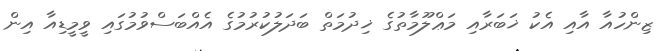
ޒިންހުއާ އާއި އެކު ޚަބަރާއި މަޢްލޫމާތުގެ ޚިދުމަތް ބަދަލުކުރުމުގެ އެއްބަސްވުމުގައި ވީމީޑިއާ އިން